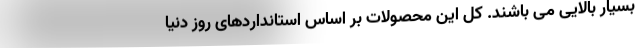
بسیار بالایی می باشند. کل این محصولات بر اساس استانداردهای روز دنیا